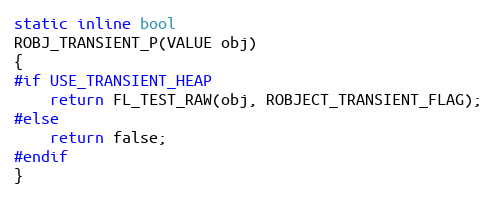
Language: C
static inline bool
ROBJ_TRANSIENT_P(VALUE obj)
{
#if USE_TRANSIENT_HEAP
    return FL_TEST_RAW(obj, ROBJECT_TRANSIENT_FLAG);
#else
    return false;
#endif
}